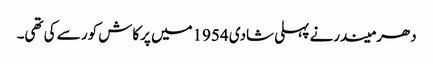
دھرمیندرنے پہلی شادی 1954میں پرکاش کور سے کی تھی۔